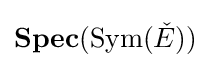
\mathbf {Spec} (\operatorname {Sym} ({\check {E}}))